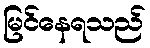
မြင်နေရသည်